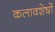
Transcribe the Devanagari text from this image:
कलावशेषों